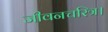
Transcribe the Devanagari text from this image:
जीवनचरित्र।